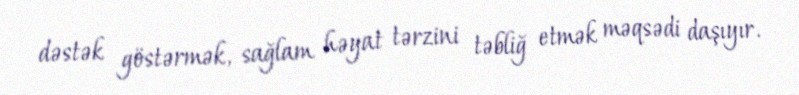
dəstək göstərmək, sağlam həyat tərzini təbliğ etmək məqsədi daşıyır.